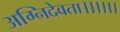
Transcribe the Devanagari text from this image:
अग्निदेवता।।।।।।